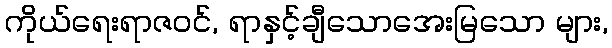
ကိုယ်ရေးရာဇဝင်, ရာနှင့်ချီသောအေးမြသော များ,